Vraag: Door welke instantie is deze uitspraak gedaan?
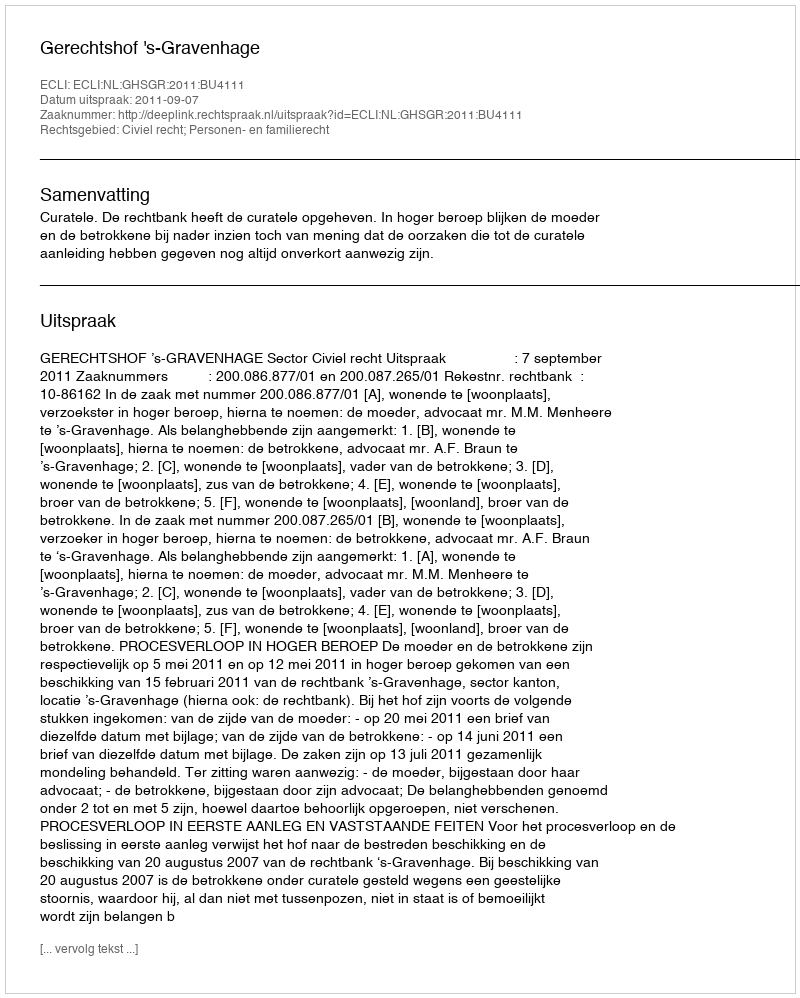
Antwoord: Gerechtshof 's-Gravenhage